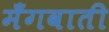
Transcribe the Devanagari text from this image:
मँगवाती